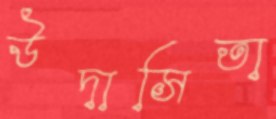
উদাসিতা